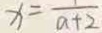
x = \frac { 1 } { a + 2 }